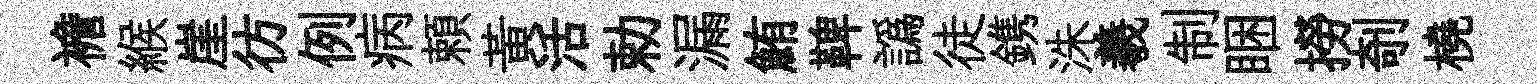
襜緱崖彷例病頼黃活勅漏鮪鞞譌徒鎸洙羲制睏撈剞橈